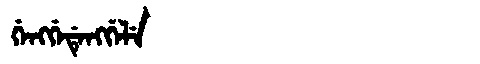
Manchu: ᡤᡝᠩᡤᡝᡩᡝᠩᡤᡝᠯᡝ
Romanization: GENGGEDENGGELE